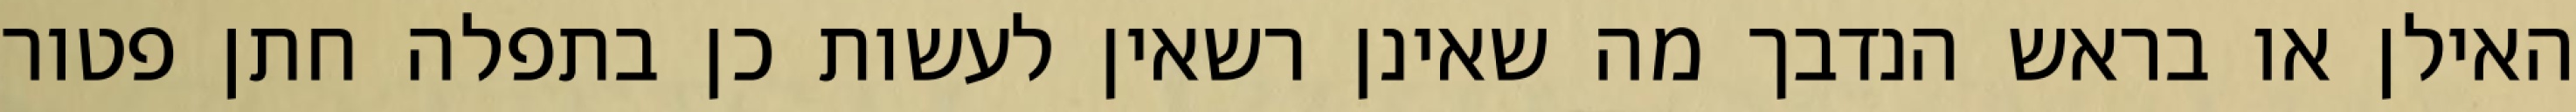
האילן או בראש הנדבך מה שאינן רשאין לעשות כן בתפלה חתן פטור